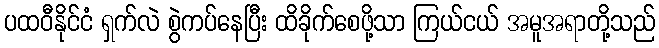
ပထဝီနိုင်ငံ ရှက်လဲ စွဲကပ်နေပြီး ထိခိုက်စေဖို့သာ ကြယ်ငယ် အမူအရာတို့သည်